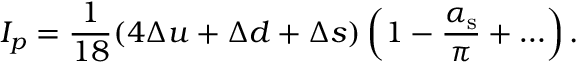
I _ { p } = \frac 1 { 1 8 } ( 4 \Delta u + \Delta d + \Delta s ) \left( 1 - \frac { \alpha _ { \mathrm { s } } } \pi + \ldots \right) .